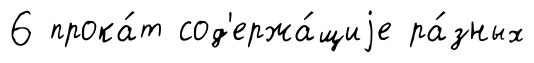
6 прока́т сод'ержа́щиjе ра́зных